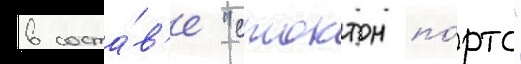
в соста́в'е "стоктон по́ртс"